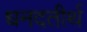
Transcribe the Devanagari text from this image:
धनदतीर्थ